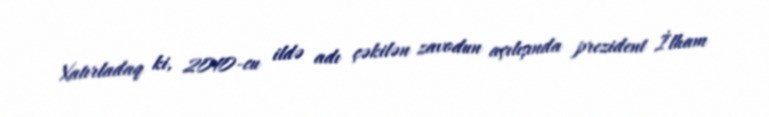
Xatırladaq ki, 2010-cu ildə adı çəkilən zavodun açılışında prezident İlham